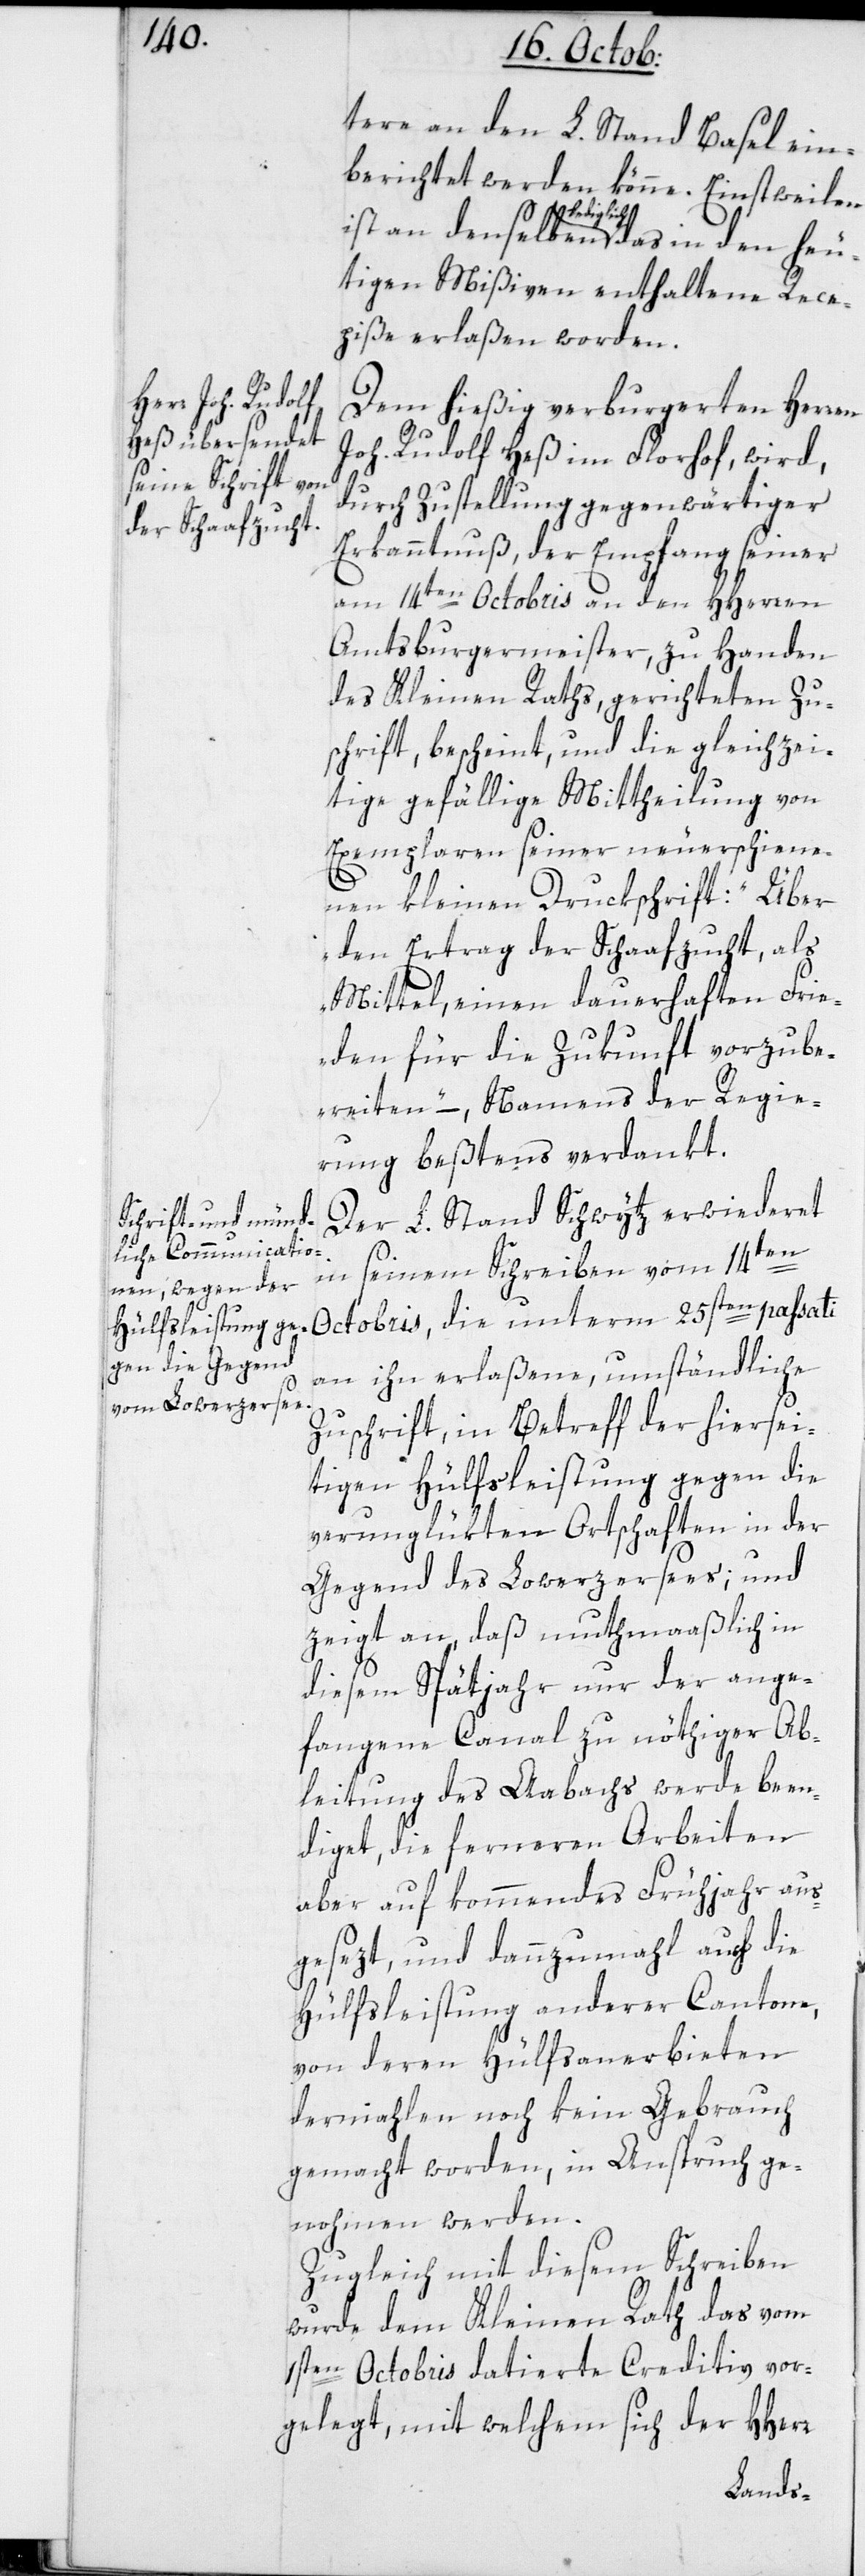
tere an den L. Stand Basel ein¬
berichtet werden könne. Einstweilen
lediglich
utigen Mißiven enthaltene Rece¬
piße erlaßen worden.
Dem hießig verburgerten Herren
Joh. Rudolf Heß im Florhof, wird,
durch Zustellung gegenwärtiger
Erkanntnuß, der Empfang seiner
am 14ten Octobris an den HHerren
Amtsburgermeister, zu Handen
des Kleinen Raths, gerichteten Zu¬
schrift, bescheint, und die gleichzei¬
tige gefällige Mittheilung von
Exemplaren seiner neuerschiene¬
nen kleinen Druckschrift „Über
den Ertrag der Schaafzucht, als
Mittel, einen dauerhaften Frie¬
den für die Zukunft vorzube¬
reiten“, – Namens der Regie¬
rung beßtens verdankt.
Der L. Stand Schwytz erwiederet
in seinem Schreiben vom 14ten
an ihn erlaßene umständliche
Zuschrift, in Betreff der hiersei¬
tigen Hülfsleistung gegen die
verunglükten Ortschaften in der
Gegend des Lowerzersees, und
zeigt an, daß muthmaßlich in
diesem Spätjahr nur der ange¬
fangene Canal zu nöthiger Ab¬
leitung des Aabachs werde been¬
diget, die ferneren Arbeiten
aber auf kommendes Frühjahr aus¬
gesezt, und dannzumahl auch die
Hülfsleistung anderer Cantone,
von deren Hülfsanerbieten
dermahlen noch kein Gebrauch
gemacht worden, in Anspruch ge¬
nohmen werden.
Zugleich mit diesem Schreiben
wurde dem Kleinen Rath das vom
1sten Octobris datierte Creditiv vor¬
gelegt, mit welchem sich der HHerr
den he¬